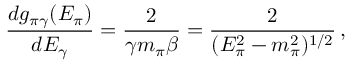
\frac { d g _ { \pi \gamma } ( E _ { \pi } ) } { d E _ { \gamma } } = \frac { 2 } { \gamma m _ { \pi } \beta } = \frac { 2 } { ( E _ { \pi } ^ { 2 } - m _ { \pi } ^ { 2 } ) ^ { 1 / 2 } } \, ,